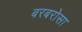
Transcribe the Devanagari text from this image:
बरबरोसा